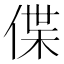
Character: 偞